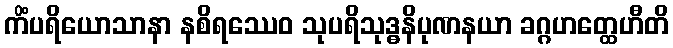
ကိံပရိယောသာနာ နစိရဿေဝ သုပရိသုဒ္ဓနိပုဏနယာ ခဂ္ဂဟတ္ထေဟီတိ